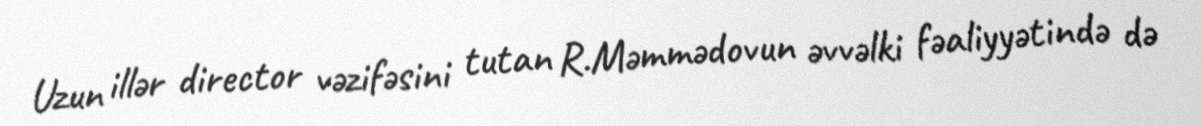
Uzun illər director vəzifəsini tutan R.Məmmədovun əvvəlki fəaliyyətində də